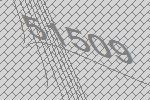
51509